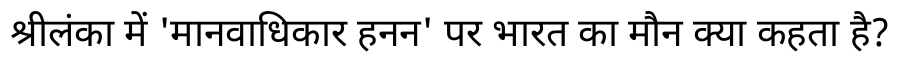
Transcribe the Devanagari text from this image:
श्रीलंका में 'मानवाधिकार हनन' पर भारत का मौन क्या कहता है?